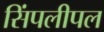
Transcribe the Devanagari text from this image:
सिंपलीपल